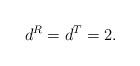
LaTeX: \begin{align*} d_{}^R=d_{}^T = 2.\end{align*}